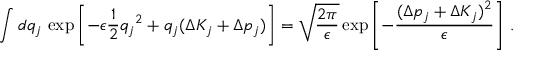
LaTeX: \int d q _ { j } \, \exp \left[ - \epsilon \frac { 1 } { 2 } { q _ { j } } ^ { 2 } + q _ { j } ( \Delta K _ { j } + \Delta p _ { j } ) \right] = \sqrt { \frac { 2 \pi } { \epsilon } } \exp \left[ - \frac { ( \Delta p _ { j } + \Delta K _ { j } ) ^ { 2 } } { \epsilon } \right] \, .